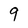
Character: 9